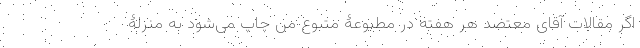
اگر مقالات آقای معتضد هر هفته در مطبوعۀ متبوع من چاپ می‌شود به منزلۀ